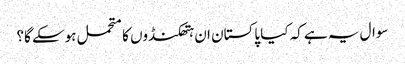
سوال یہ ہے کہ کیا پاکستان ان ہتھکنڈوں کا متحمل ہوسکے گا؟